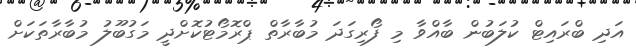
އަދި ބްރައިޓް ކުލަބުން ބާއްވާ މި ފޯރިގަދަ މުބާރާތް ޕްރޮމޯޓުކޮށްދީ މަގުބޫލު މުބާރާތަކަށް